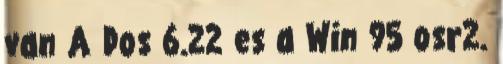
van A Dos 6.22 es a Win 95 osr2.